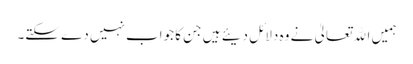
ہمیں اﷲتعالیٰ نے وہ دلائل دیئے ہیں جن کا جواب نہیں دے سکتے۔